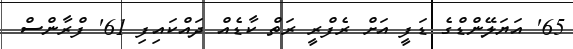
65' އަޔަލޭންޑްގެ ޑަފީ އަށް ރެފްރީ ރަތް ކާޑެއް ދައްކައިފި 61' ފްރާންސް